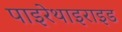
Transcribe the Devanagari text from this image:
पाइरेथाइराइड